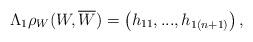
LaTeX: \begin{align*}\Lambda_{1}\rho_{W}(W, \overline{W})=\left(h_{11}, ..., h_{1(n+1)} \right), \end{align*}